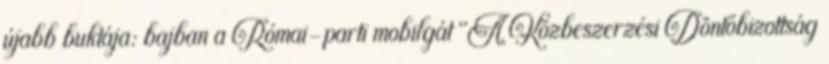
újabb buktája: bajban a Római-parti mobilgát "A Közbeszerzési Döntőbizottság